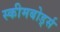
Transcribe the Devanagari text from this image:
स्कीमबोर्ड्स